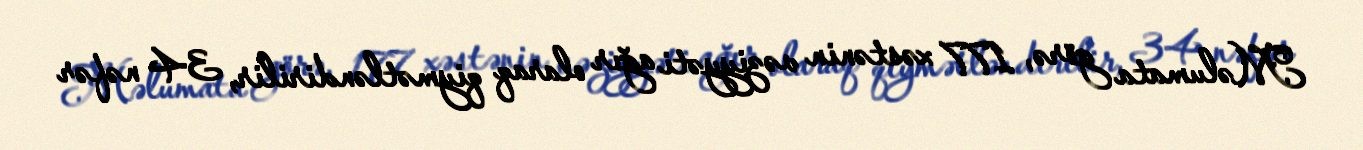
Məlumata görə, 177 xəstənin vəziyyəti ağır olaraq qiymətləndirilir, 34 nəfər